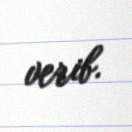
verib.